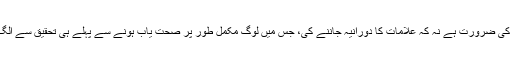
تاہم ہیری ہیملا کا ماننا ہے کہ زکام سے مکمل طور پر صحت یاب ہونے کے بارے میں تحقیق کی ضرورت ہے نہ کہ علامات کا دورانیہ جاننے کی، جس میں لوگ مکمل طور پر صحت یاب ہونے سے پہلے ہی تحقیق سے الگ ہوگئے، اور شدید زکام کی حالت والوں کو شامل نہ کرنے سے نتائج پر اثرات مرتب ہوتے ہیں۔